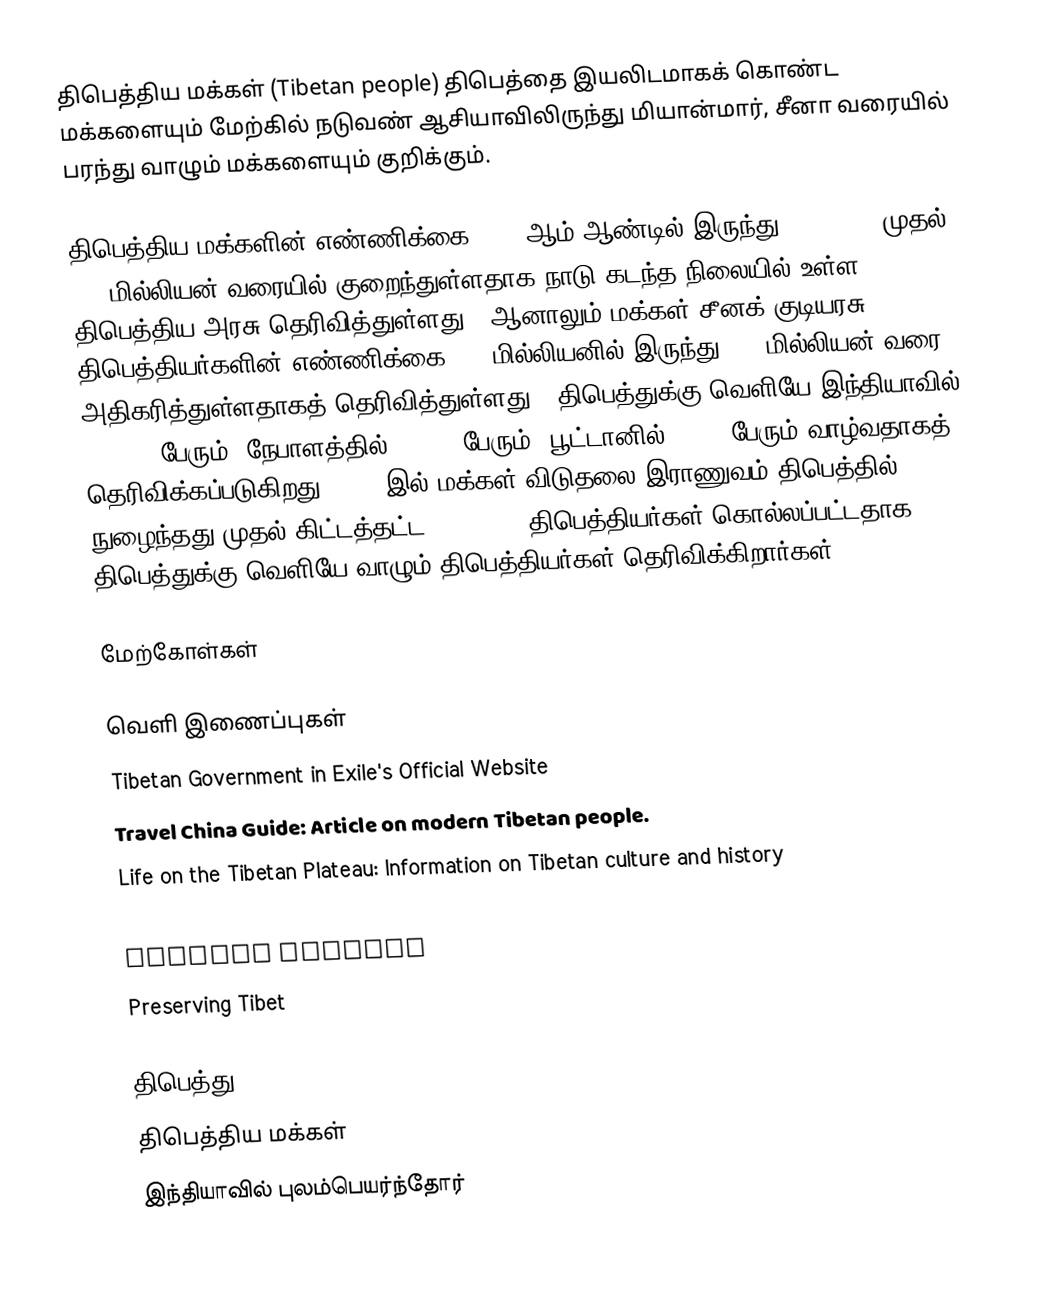
திபெத்திய மக்கள் (Tibetan people) திபெத்தை இயலிடமாகக் கொண்ட மக்களையும் மேற்கில் நடுவண் ஆசியாவிலிருந்து மியான்மார், சீனா வரையில் பரந்து வாழும் மக்களையும் குறிக்கும்.

திபெத்திய மக்களின் எண்ணிக்கை 1959 ஆம் ஆண்டில் இருந்து 6,330,567 முதல் 5.4 மில்லியன் வரையில் குறைந்துள்ளதாக நாடு கடந்த நிலையில் உள்ள திபெத்திய அரசு தெரிவித்துள்ளது . ஆனாலும் மக்கள் சீனக் குடியரசு திபெத்தியர்களின் எண்ணிக்கை 2.7 மில்லியனில் இருந்து 5.4 மில்லியன் வரை அதிகரித்துள்ளதாகத் தெரிவித்துள்ளது . திபெத்துக்கு வெளியே இந்தியாவில் 125,000 பேரும், நேபாளத்தில் 60,000 பேரும், பூட்டானில் 4,000 பேரும் வாழ்வதாகத் தெரிவிக்கப்படுகிறது. 1950 இல் மக்கள் விடுதலை இராணுவம் திபெத்தில் நுழைந்தது முதல் கிட்டத்தட்ட 1,200,000 திபெத்தியர்கள் கொல்லப்பட்டதாக திபெத்துக்கு வெளியே வாழும் திபெத்தியர்கள் தெரிவிக்கிறார்கள்

மேற்கோள்கள்

வெளி இணைப்புகள்
 Tibetan Government in Exile's Official Website
 Travel China Guide: Article on modern Tibetan people.
 Life on the Tibetan Plateau: Information on Tibetan culture and history
 Imaging Everest : Article on Tibetan people at the time of early mountaineering.
 Tibetan costume
 Preserving Tibet

திபெத்து
திபெத்திய மக்கள்
இந்தியாவில் புலம்பெயர்ந்தோர்